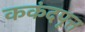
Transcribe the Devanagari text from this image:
ककंदपूत्त